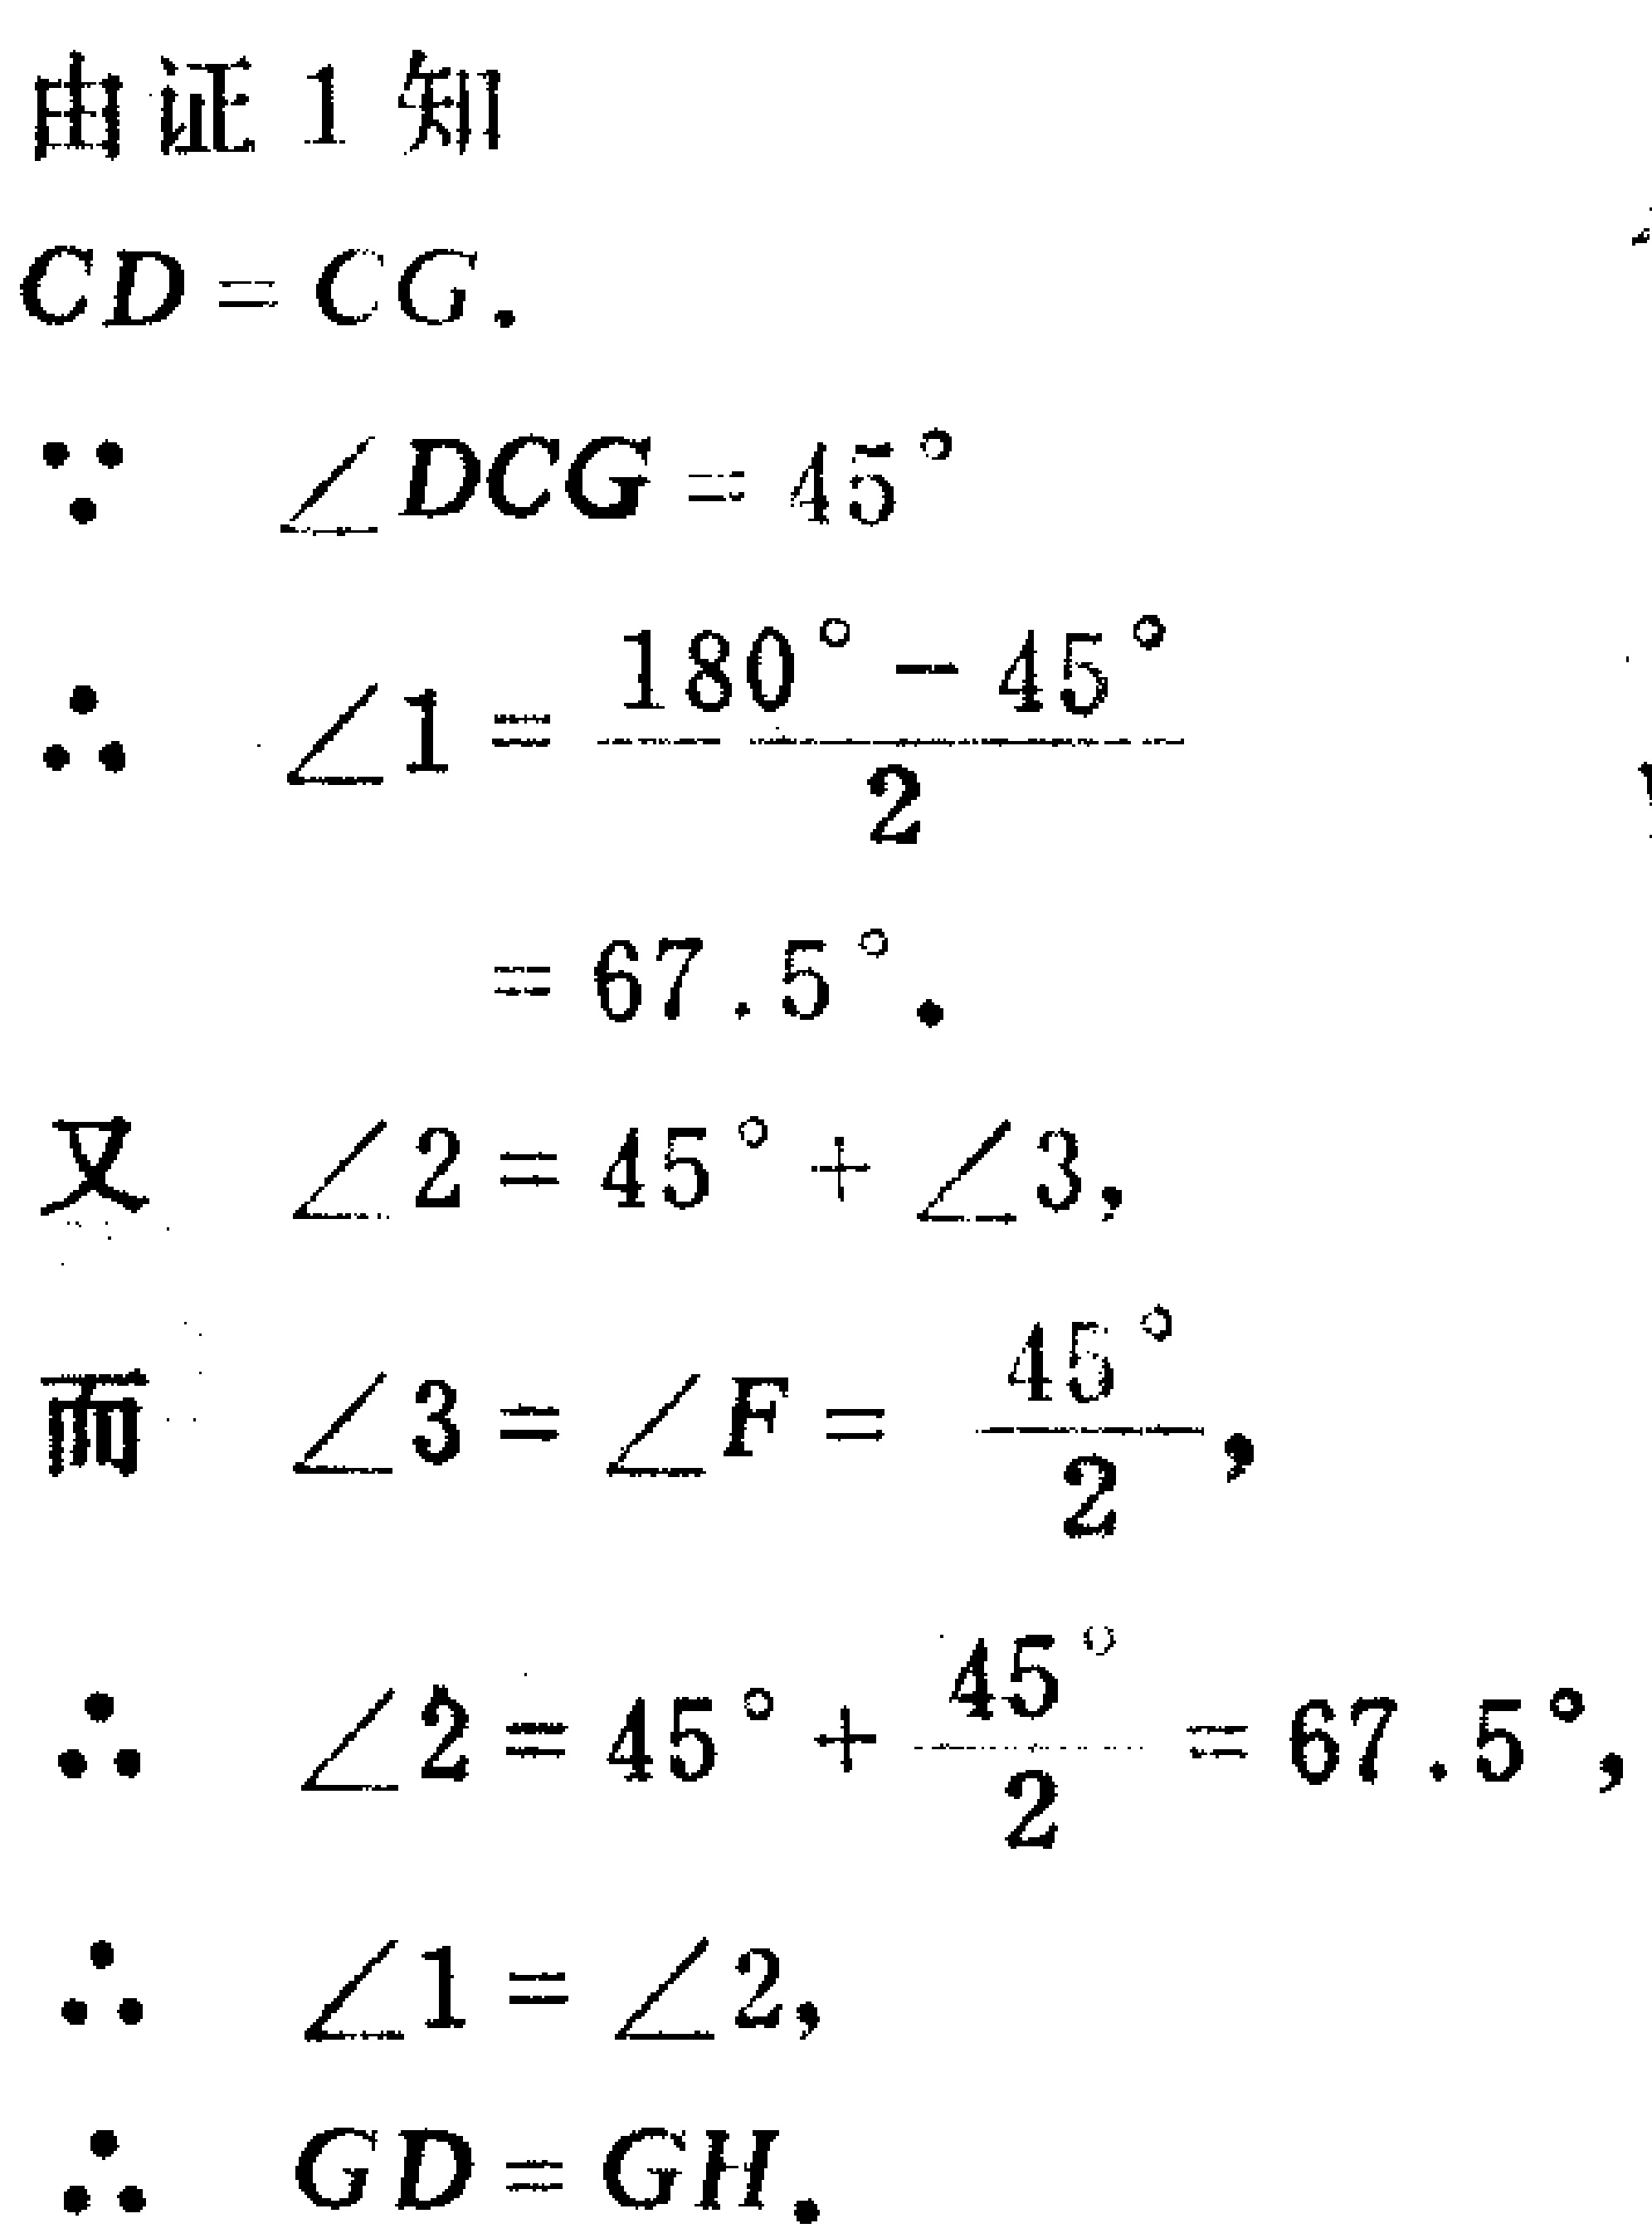
由证1知

\(CD = CG\).

\(\because\ \angle DCG = 45^{\circ}\)

\(\therefore\ \angle1=\frac{180^{\circ}-45^{\circ}}{2}\)

\(= 67.5^{\circ}\).

又 \(\angle2 = 45^{\circ}+\angle3\),

而 \(\angle3=\angle F=\frac{45^{\circ}}{2}\),

\(\therefore\ \angle2 = 45^{\circ}+\frac{45^{\circ}}{2}=67.5^{\circ}\),

\(\therefore\ \angle1=\angle2\),

\(\therefore\ GD = GH\).